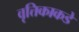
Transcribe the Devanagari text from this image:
वृत्तिकाकडे